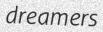
dreamers